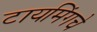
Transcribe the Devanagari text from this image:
टायमिंगचे